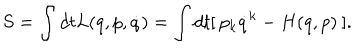
LaTeX: S = \int d t L ( q , p , \dot { q } ) = \int d t [ \: p _ { k } \dot { q } ^ { k } - H ( q , p ) \: ] .